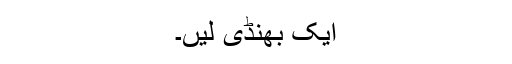
ایک بھنڈی لیں۔